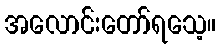
အလောင်းတော်ရသေ့။